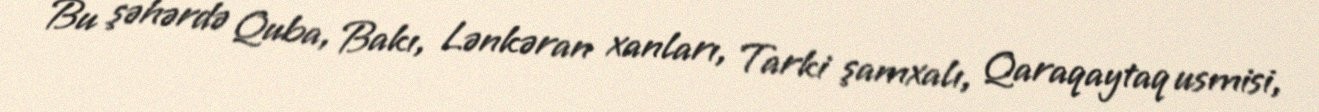
Bu şəhərdə Quba, Bakı, Lənkəran xanları, Tarki şamxalı, Qaraqaytaq usmisi,